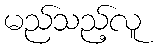
မည်သည့်လူ